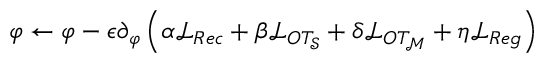
\varphi \leftarrow \varphi - \epsilon \partial _ { \varphi } \left( \alpha \mathcal { L } _ { R e c } + \beta \mathcal { L } _ { O T _ { \mathcal { S } } } + \delta \mathcal { L } _ { O T _ { \mathcal { M } } } + \eta \mathcal { L } _ { R e g } \right)